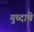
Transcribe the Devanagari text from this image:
युध्दाचे